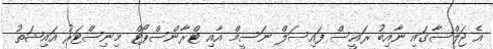
އެ ޖަލްސާގައި ނާއިބު ރައީސް ފައިސަލް ނަސީމް އާއި ޓްރާންސްޕޯޓް މިނިސްޓަރު އައިޝަތު